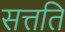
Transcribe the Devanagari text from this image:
सत्तति